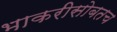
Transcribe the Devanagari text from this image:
भाकरीसोबतच